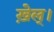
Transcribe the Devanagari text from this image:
ख़ेल्।